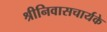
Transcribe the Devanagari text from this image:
श्रीनिवासचार्यके